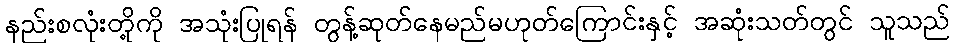
နည်းစလုံးတို့ကို အသုံးပြုရန် တွန့်ဆုတ်နေမည်မဟုတ်ကြောင်းနှင့် အဆုံးသတ်တွင် သူသည်